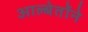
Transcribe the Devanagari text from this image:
आल्बेर्तोने